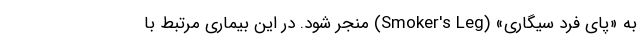
به «پای فرد سیگاری» (Smoker's Leg) منجر شود. در این بیماری مرتبط با